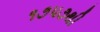
૧૭૫૭થી